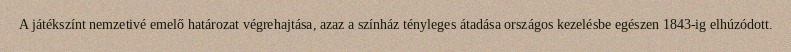
A játékszínt nemzetivé emelő határozat végrehajtása, azaz a színház tényleges átadása országos kezelésbe egészen 1843-ig elhúzódott.